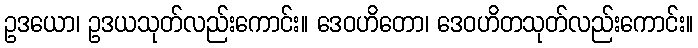
ဥဒယော၊ ဥဒယသုတ်လည်းကောင်း။ ဒေဝဟိတော၊ ဒေဝဟိတသုတ်လည်းကောင်း။